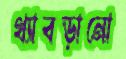
থ্যাবড়ানো